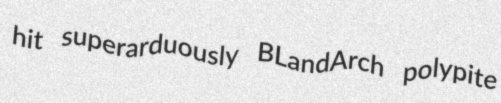
hit superarduously BLandArch polypite